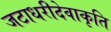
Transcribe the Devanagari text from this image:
जटाधरीदेवाकृति